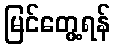
မြင်တွေ့ရန်